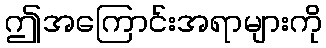
ဤအကြောင်းအရာများကို